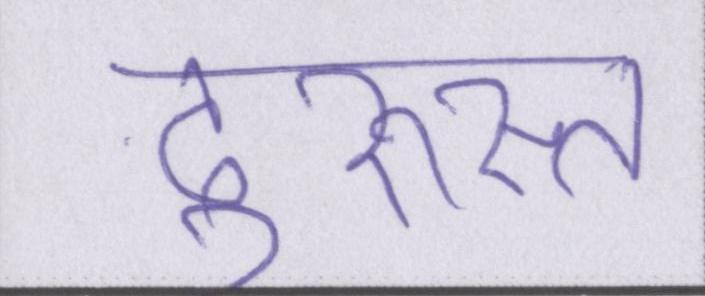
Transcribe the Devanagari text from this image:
दुरुस्त